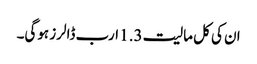
ان کی کل مالیت 1.3 ارب ڈالرز ہوگی۔